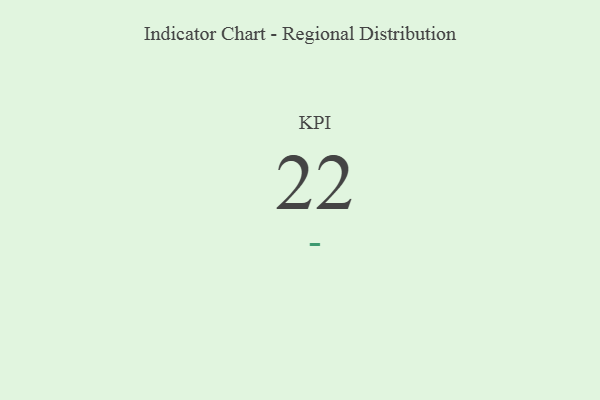
{"axis": {"x": "KPI", "y": "Value"}, "legend": [""], "data": [{"x": "KPI", "y": 22, "type": ""}]}